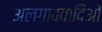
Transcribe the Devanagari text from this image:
अलगाववादिओं